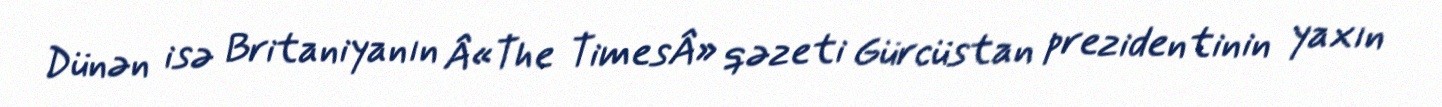
Dünən isə Britaniyanın Â«The TimesÂ» qəzeti Gürcüstan prezidentinin yaxın